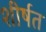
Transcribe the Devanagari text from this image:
शीर्षत